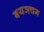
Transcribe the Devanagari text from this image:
बयञचन